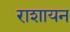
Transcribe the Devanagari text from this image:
राशायन